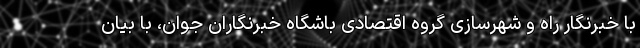
با خبرنگار راه و شهرسازی گروه اقتصادی باشگاه خبرنگاران جوان، با بیان